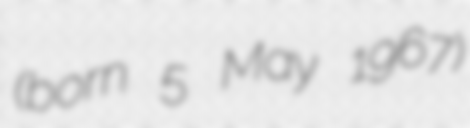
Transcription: (born 5 May 1967)